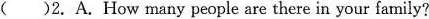
( )2.A.How many people are there in your family?